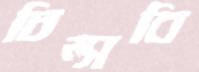
চিম্‌সবি